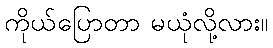
ကိုယ်ပြောတာ မယုံလို့လား။